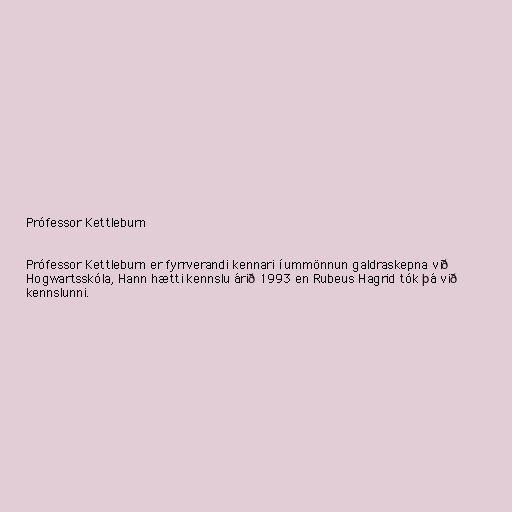
Prófessor Kettleburn

Prófessor Kettleburn er fyrrverandi kennari í ummönnun galdraskepna við
Hogwartsskóla, Hann hætti kennslu árið 1993 en Rubeus Hagrid tók þá við
kennslunni.